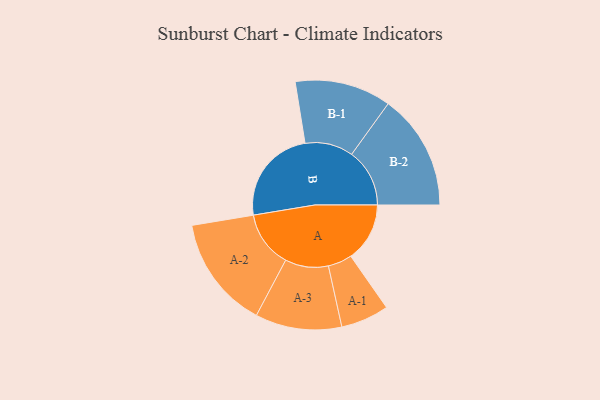
{"axis": {"x": "Segment", "y": "Value"}, "legend": ["", "A", "B"], "data": [{"x": "A", "y": 252, "type": ""}, {"x": "B", "y": 413, "type": ""}, {"x": "A-1", "y": 103, "type": "A"}, {"x": "A-2", "y": 241, "type": "A"}, {"x": "A-3", "y": 185, "type": "A"}, {"x": "B-1", "y": 206, "type": "B"}, {"x": "B-2", "y": 248, "type": "B"}]}